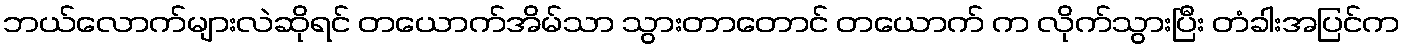
ဘယ်လောက်များလဲဆိုရင် တယောက်အိမ်သာ သွားတာတောင် တယောက် က လိုက်သွားပြီး တံခါးအပြင်က